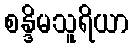
စန္ဒိမသူရိယာ